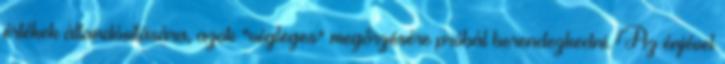
értékek állandósítására, azok "végleges" megőrzésére próbál berendezkedni. Az énjével